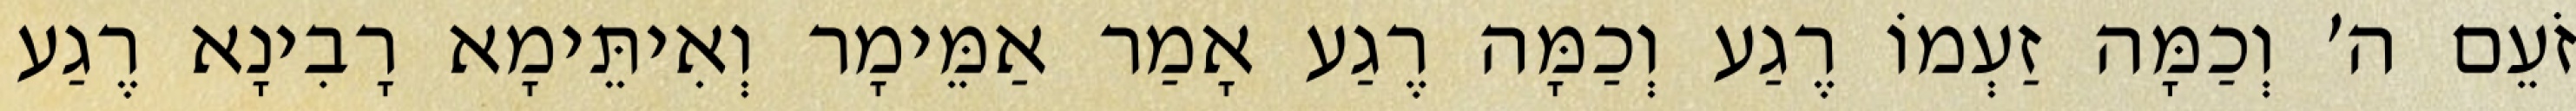
זֹעֵם ה׳ וְכַמָּה זַעְמוֹ רֶגַע וְכַמָּה רֶגַע אָמַר אַמֵּימָר וְאִיתֵּימָא רָבִינָא רֶגַע